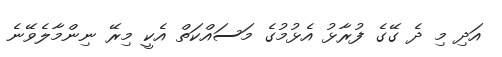
އަދި މި ދެ ގޭގެ ފުރާޅު އެޅުމުގެ މަސައްކަތް އެކީ މިރޭ ނިންމާލެވޭނެ